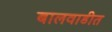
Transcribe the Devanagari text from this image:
बालवाडीत